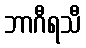
ဘာဂီရသီ